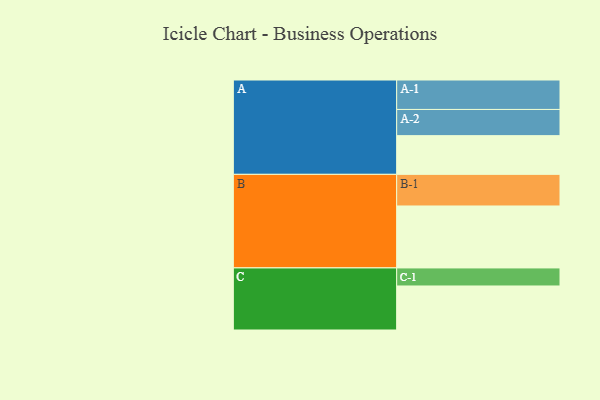
{"axis": {"x": "Segment", "y": "Value"}, "legend": ["", "A", "B", "C"], "data": [{"x": "A", "y": 356, "type": ""}, {"x": "B", "y": 570, "type": ""}, {"x": "C", "y": 405, "type": ""}, {"x": "A-1", "y": 271, "type": "A"}, {"x": "A-2", "y": 241, "type": "A"}, {"x": "B-1", "y": 291, "type": "B"}, {"x": "C-1", "y": 166, "type": "C"}]}